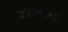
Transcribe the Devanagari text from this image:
४४०००